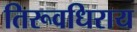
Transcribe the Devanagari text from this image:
तिरूवधिराय